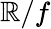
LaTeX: \mathbb{R}/f